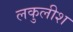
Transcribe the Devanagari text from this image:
लकुलीश